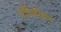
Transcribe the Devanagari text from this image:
प्रतिबोधन